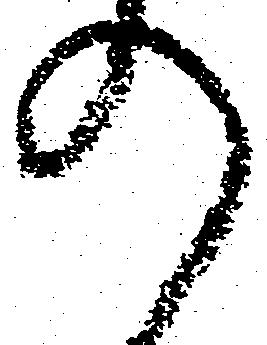
の